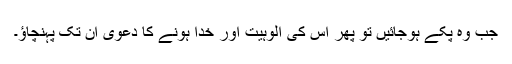
جب وہ پکے ہوجائیں تو پھر اس کی الوہیت اور خدا ہونے کا دعویٰ ان تک پہنچاؤ۔